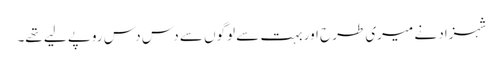
شہزاد نے میری طرح اور بہت سے لوگوں سے دس دس روپے لیے تھے۔